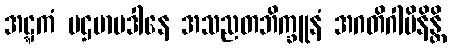
အဋ္ဋကံ ပဌမာပဒါနေ အသညတဘိက္ခူနံ အဂတိဂါမိနိန္တိ